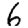
Digit: 6